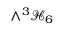
\wedge ^ { 3 } \mathcal { H } _ { 6 }